DOW-UAP-D49, Launch Summary, Vandenberg AFB, 2000
Agency: Department of War
Incident date: 2/3/00
Page 100
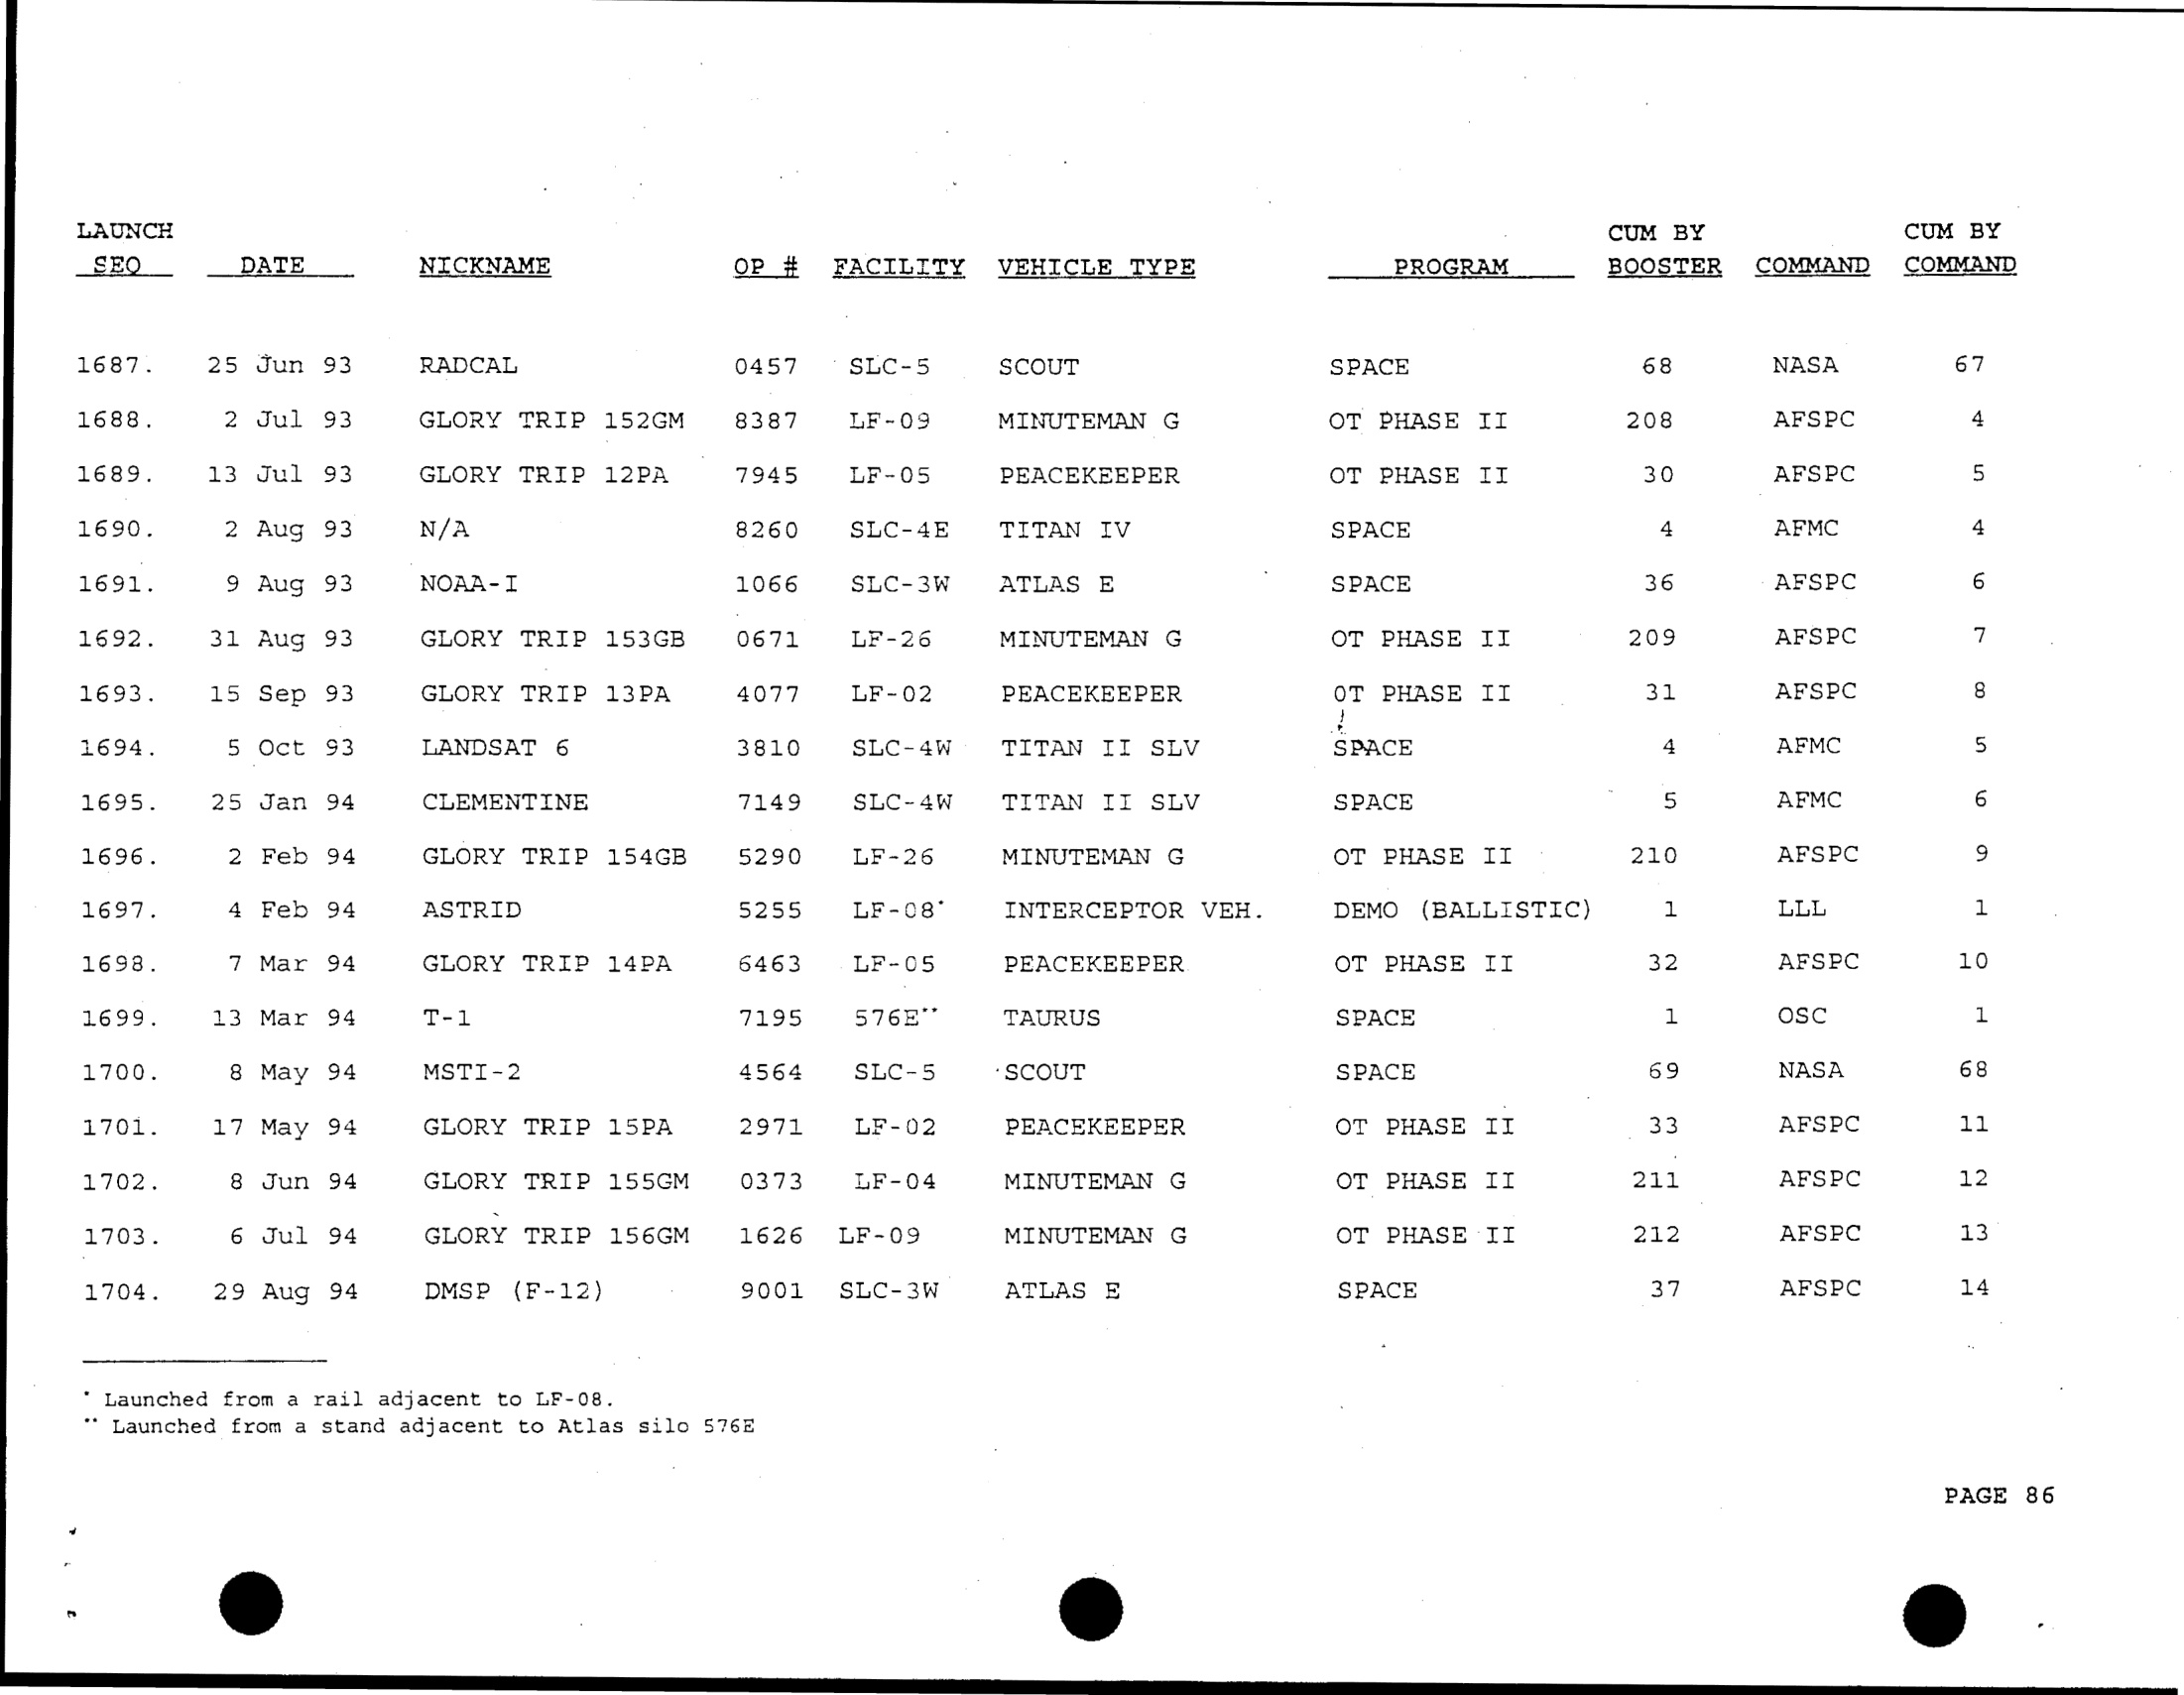